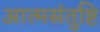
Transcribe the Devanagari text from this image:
आत्मसंतुष्टि